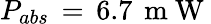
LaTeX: P_{abs}\, =\, 6.7\, \mathrm{~m~W~}